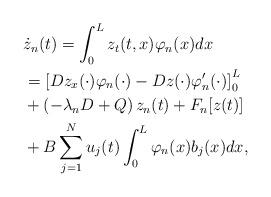
LaTeX: \begin{align*}&\dot z_n(t)=\int_0^L z_t(t,x) \varphi_n(x) dx\\&=\left [D z_x(\cdot)\varphi_n(\cdot)-Dz(\cdot) \varphi_n^{\prime} (\cdot)\right ]_0^L \\&+\left (-\lambda_n D +Q\right )z_n(t)+F_n[z(t)]\\&+B \sum_{j=1}^N u_j(t) \int_0^L \varphi_n(x) b_j(x) dx, \end{align*}